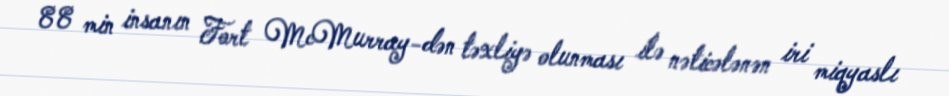
88 min insanın Fort McMurray-dən təxliyə olunması ilə nəticələnən iri miqyaslı